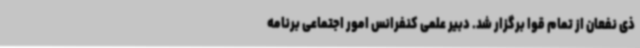
ذی نفعان از تمام قوا برگزار شد. دبیر علمی کنفرانس امور اجتماعی برنامه